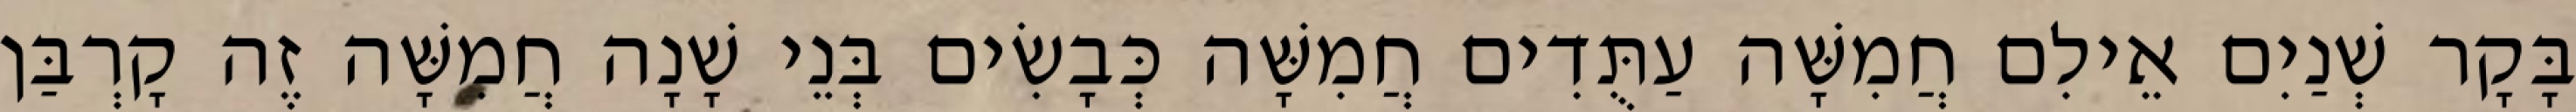
בָּקָר שְׁנַיִם אֵילִם חֲמִשָּׁה עַתֻּדִים חֲמִשָּׁה כְּבָשִׂים בְּנֵי שָׁנָה חֲמִשָּׁה זֶה קָרְבַּן